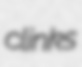
clinks